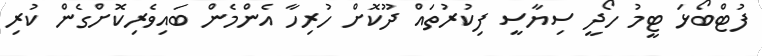
ފުޓްބޯޅަ ޓީމު ހޯދީ ސިޔާސީ ފިކުރުތައް ދޫކޮށް ހުރިހާ އެންމެން ބައިވެރިކޮށްގެން ކުރި